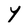
Character: Y